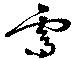
需